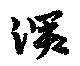
深